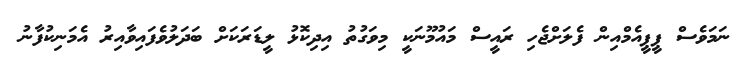
ނަމަވެސް ޕީޕީއެމްއިން ފެލަށްޖެހި ރައީސް މައުމޫނަކީ މިވަގުތު އިދިކޮޅު ލީޑަރަކަށް ބަދަލުވެފައިވާއިރު އެމަނިކުފާނު